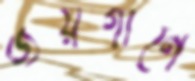
জয়গানে